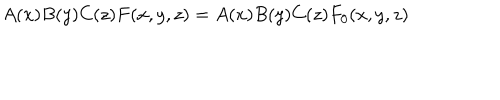
LaTeX: A ( x ) B ( y ) C ( z ) F ( x , y , z ) = A ( x ) B ( y ) C ( z ) F _ { 0 } ( x , y , z )